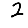
Digit: 2